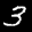
Label: 3